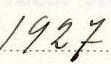
1927